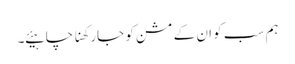
ہم سب کو ان کے مشن کو جارکھنا چاہیئے ۔